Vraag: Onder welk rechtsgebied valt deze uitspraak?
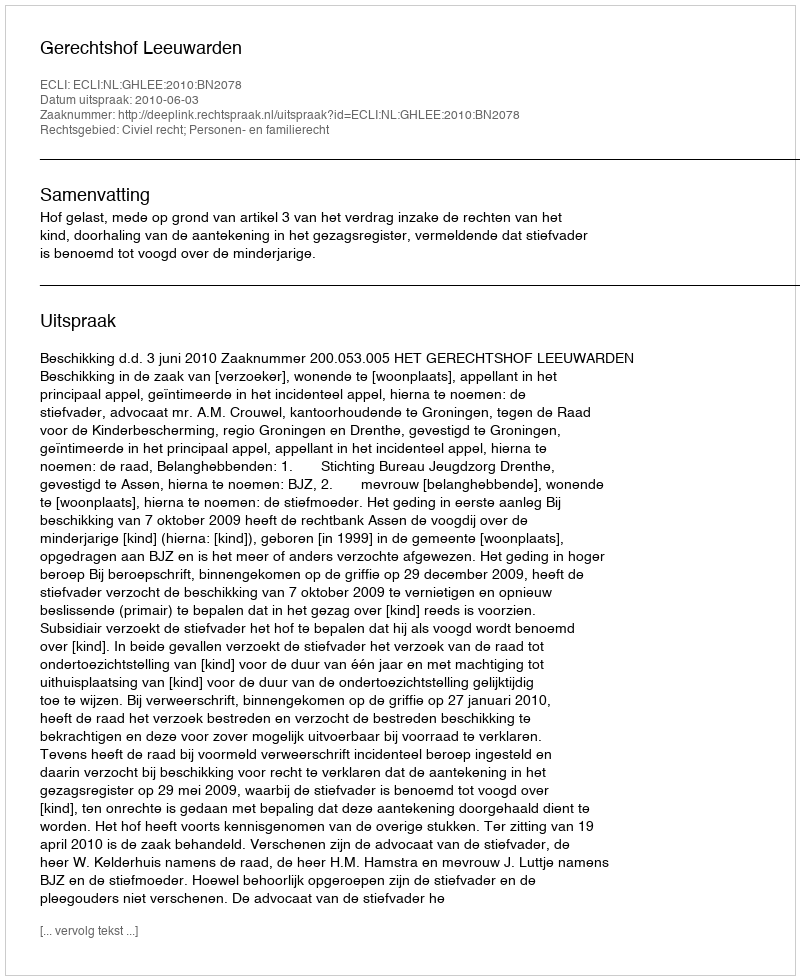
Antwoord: Civiel recht; Personen- en familierecht